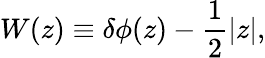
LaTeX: W(z)\equiv\delta\phi(z)-\frac{1}{2}|z|,